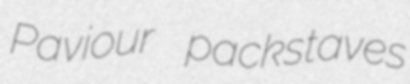
Paviour packstaves